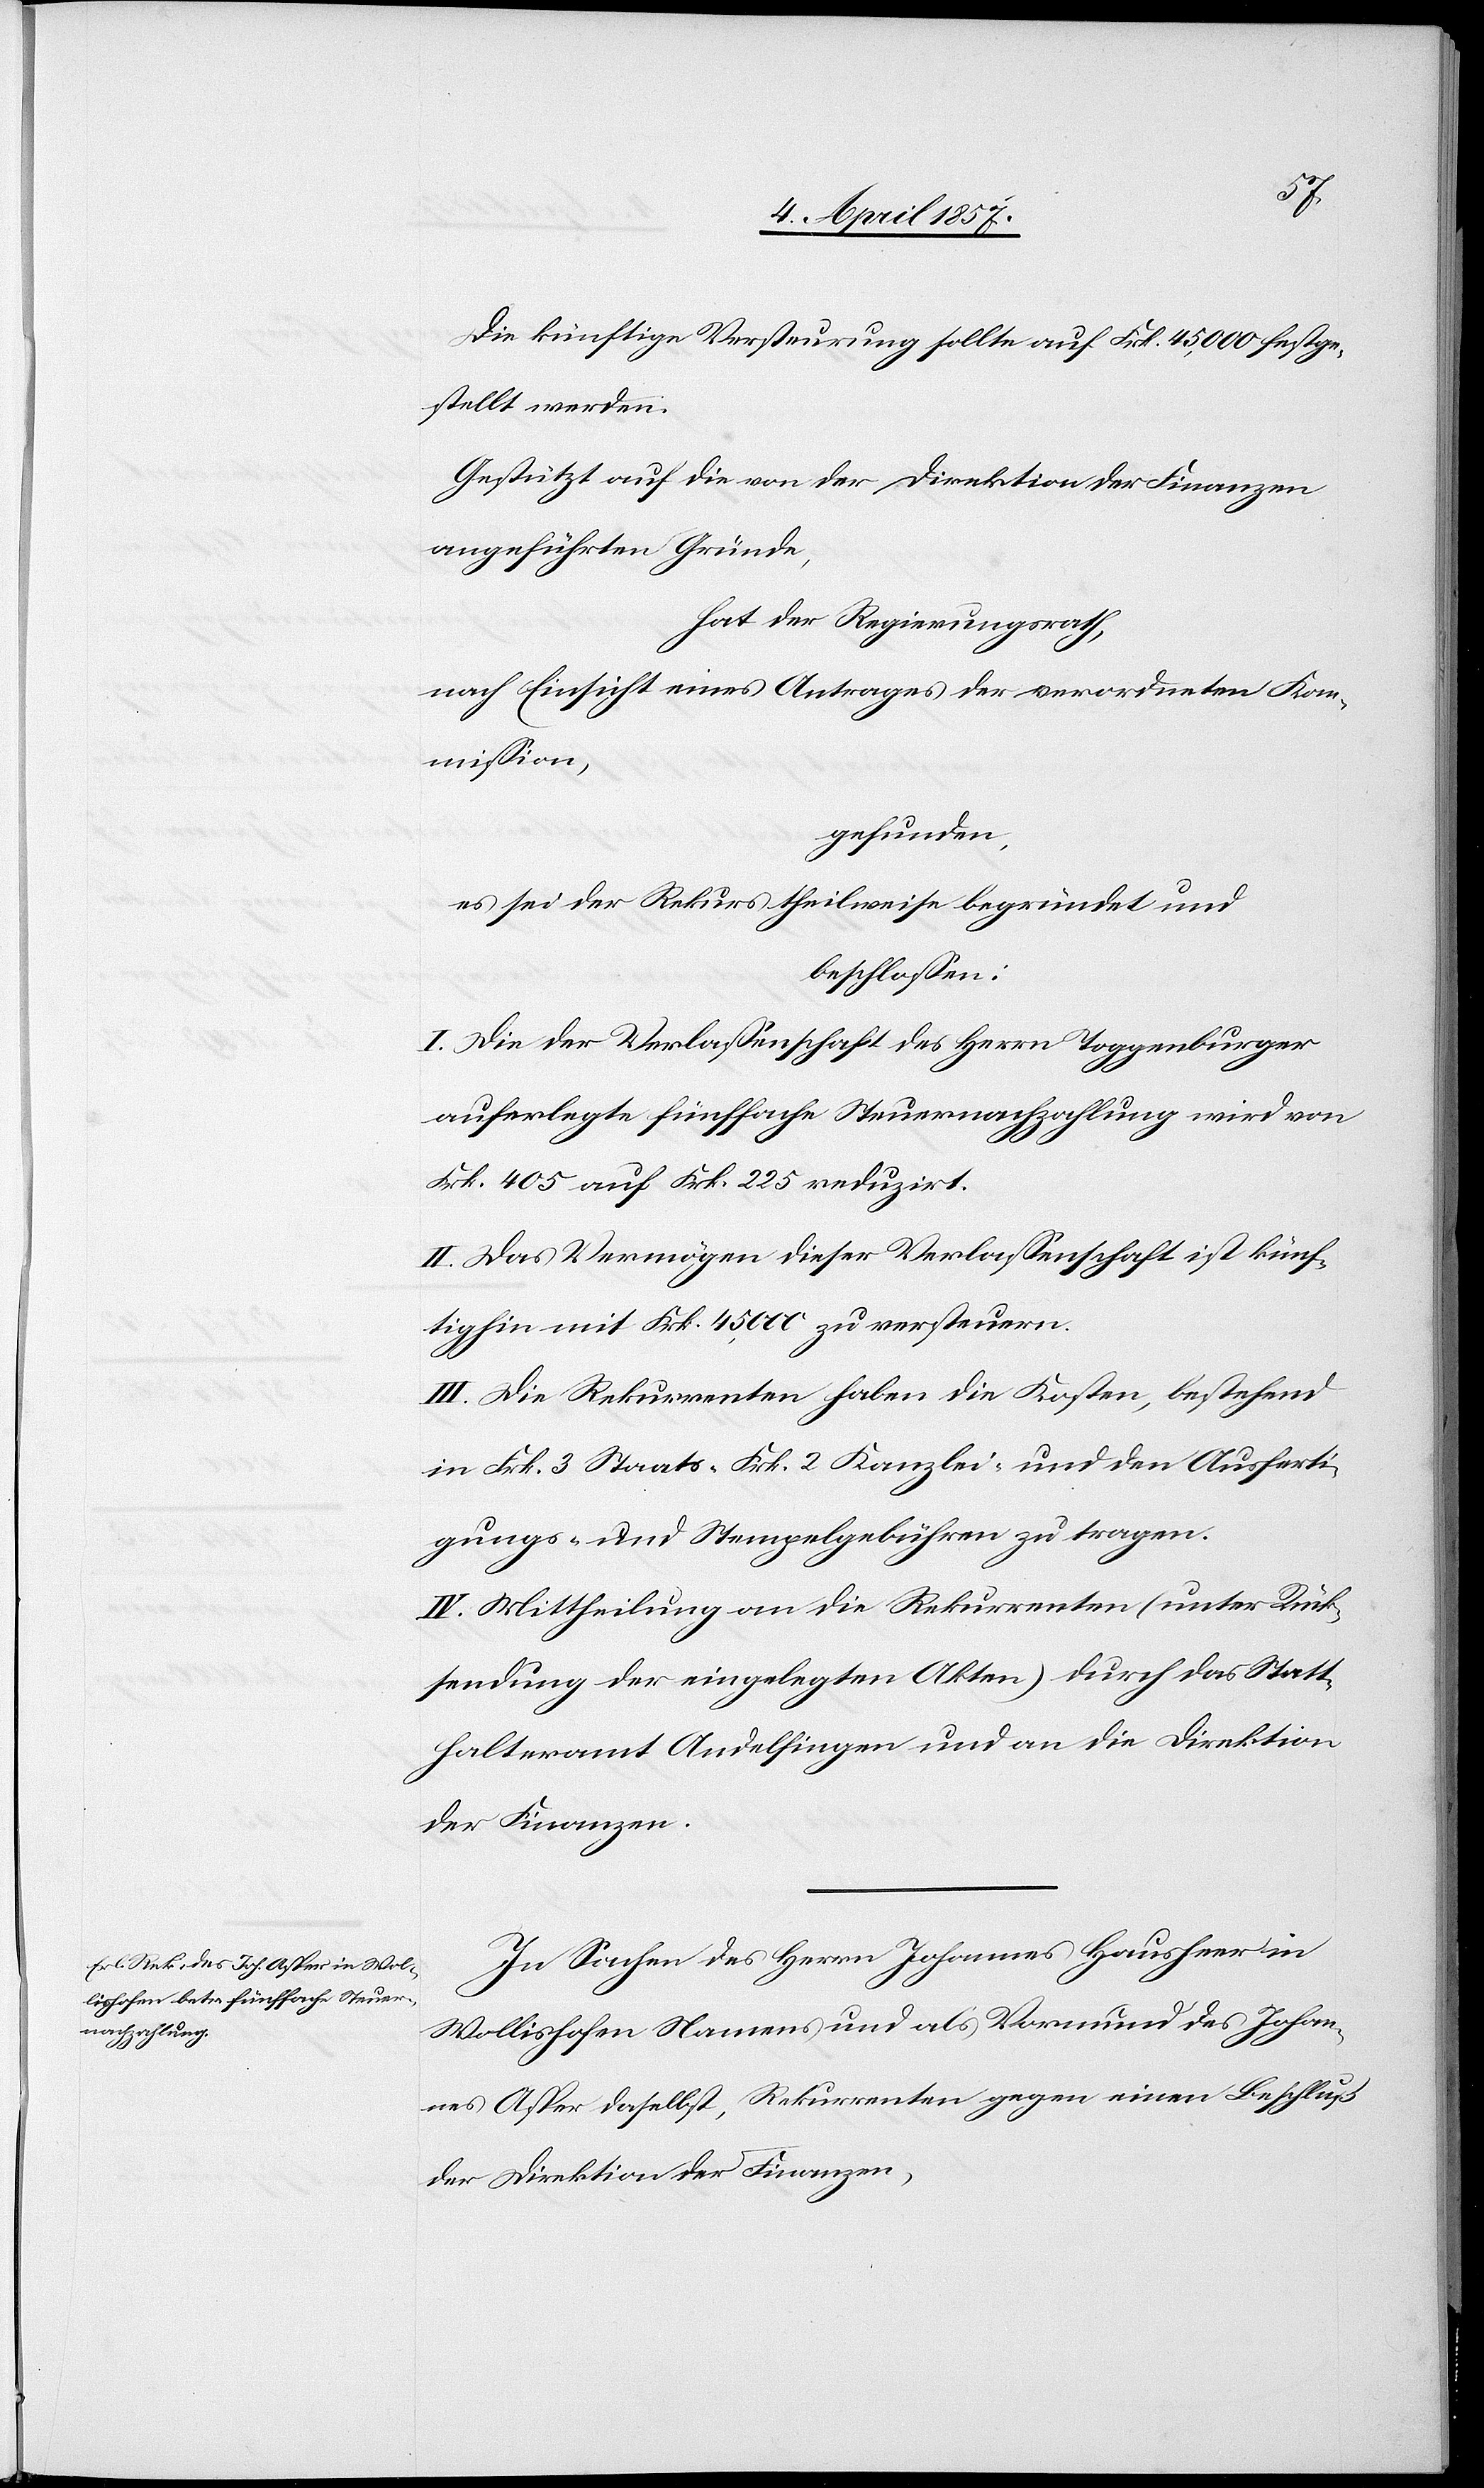
Die künftige Versteurung sollte auf Frk. 45,000 festge¬
stellt werden.
Gestützt auf die von der Direktion der Finanzen
angeführten Gründe,
hat der Regierungsrath,
nach Einsicht eines Antrages der verordneten Kom¬
mission,
gefunden,
es sei der Rekurs theilweise begründet und
beschlossen:
I. Die der Verlassenschaft des Herrn Toggenburger
auferlegte fünffache Steuernachzahlung wird von
Frk. 405 auf Frk. 225 reduzirt.
II. Das Vermögen dieser Verlassenschaft ist künf¬
tighin mit Frk. 45,000 zu versteuern.
III. Die Rekurrenten haben die Kosten, bestehend
in Frk. 3 Staats-[,] Frk. 2 Kanzlei- und den Ausferti¬
gungs- und Stempelgebühren zu tragen.
IV. Mittheilung an die Rekurrenten (unter Rück¬
sendung der eingelegten Akten) durch das Statt¬
halteramt Andelfingen und an die Direktion
der Finanzen.
In Sachen des Herrn Johannes Hausheer in
Wollishofen Namens und als Vormund des Johan¬
nes Asper daselbst, Rekurrenten gegen einen Beschluß
der Direktion der Finanzen,